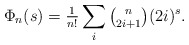
\begin{align*}\Phi_n(s)={\tfrac1{n!}}\sum_i\tbinom n{2i+1}(2i)^s.\end{align*}